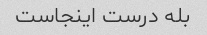
بله درست اینجاست